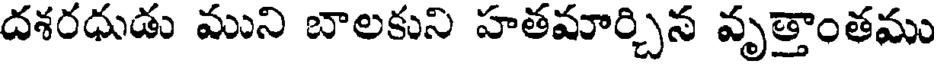
దశరధుడు ముని బాలకుని హతమార్చిన వృత్తాంతము